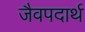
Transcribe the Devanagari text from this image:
जैवपदार्थ